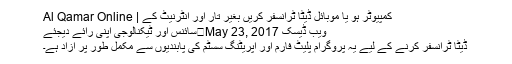
کمپیوٹر ہو یا موبائل ڈیٹا ٹرانسفر کریں بغیر تار اور انٹرنیٹ کے | Al Qamar Online
ویب ڈیسک May 23, 2017	سائنس اور ٹیکنالوجی اپنی رائے دیجئے
ڈیٹا ٹرانسفر کرنے کے لیے یہ پروگرام پلیٹ فارم اور آپریٹنگ سسٹم کی پابندیوں سے مکمل طور پر آزاد ہے۔